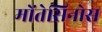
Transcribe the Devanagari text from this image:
मोंतेसिनोस